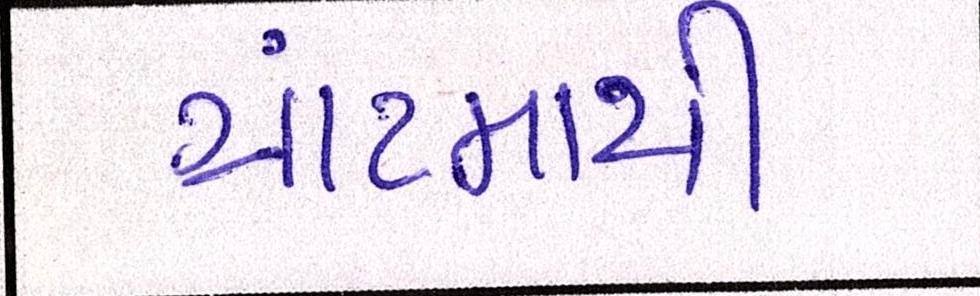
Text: ગ્રાંટમાથી